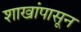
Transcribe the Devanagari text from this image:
शाखांपासून